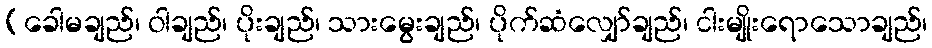
(ခေါမချည်၊ ဝါချည်၊ ပိုးချည်၊ သားမွေးချည်၊ ပိုက်ဆံလျှော်ချည်၊ ငါးမျိုးရောသောချည်၊